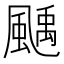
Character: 𩘉